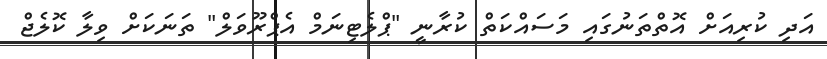
އަދި ކުރިއަށް އޮތްތަނުގައި މަސައްކަތް ކުރާނީ "ޕްލެޓިނަމް އެޕްރޫވަލް" ތަނަކަށް ވިލާ ކޮލެޖް